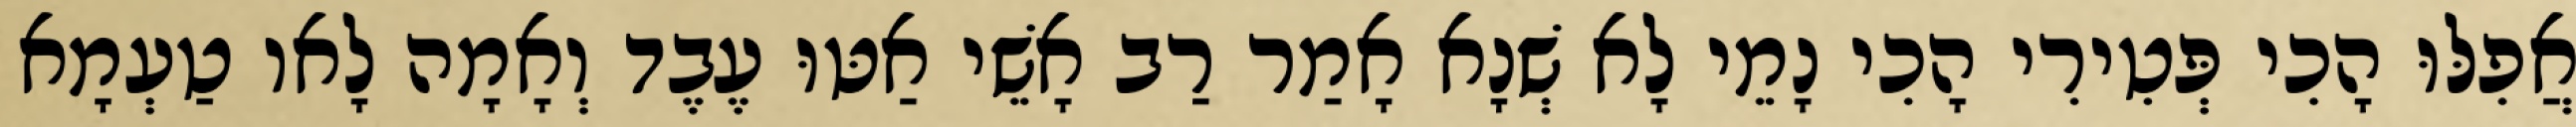
אֲפִלּוּ הָכִי פְּטִירִי הָכִי נָמֵי לָא שְׁנָא אָמַר רַב אָשֵׁי אַטּוּ עֶבֶד וְאָמָה לָאו טַעְמָא